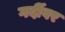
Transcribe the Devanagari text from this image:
गर्दीवर